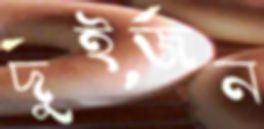
দুইজন